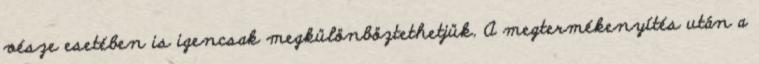
vésze esetében is igencsak megkülönböztethetjük. A megtermékenyítés után a